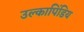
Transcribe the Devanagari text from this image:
उल्कापिंडिय